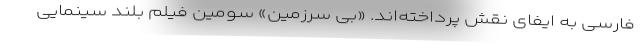
فارسی به ایفای نقش‌ پرداخته‌اند. «بی سرزمین» سومین فیلم بلند سینمایی